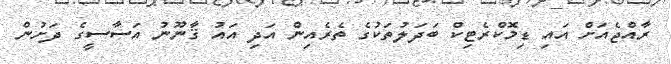
ރާއްޖެއަށް އައި ޑިމޮކްރެޓިކް ބަދަލުތަކުގެ ތެރެއިން އަދި އައު ޤާނޫނު އަސާސީގެ ދަށުން